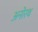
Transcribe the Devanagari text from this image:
अनोरथ